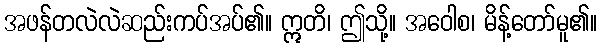
အဖန်တလဲလဲဆည်းကပ်အပ်၏။ ဣတိ၊ ဤသို့။ အဝေါစ၊ မိန့်တော်မူ၏။